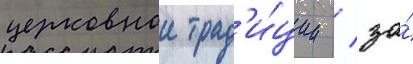
церковнои трад'и́ции / за́